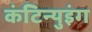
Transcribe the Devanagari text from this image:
कंटिन्युइंग